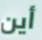
أين